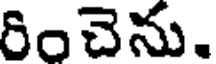
రించెను.